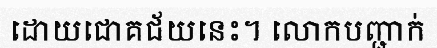
ដោយជោគជ័យនេះ។ លោកបញ្ជាក់